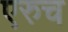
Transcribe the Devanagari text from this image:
एरुच